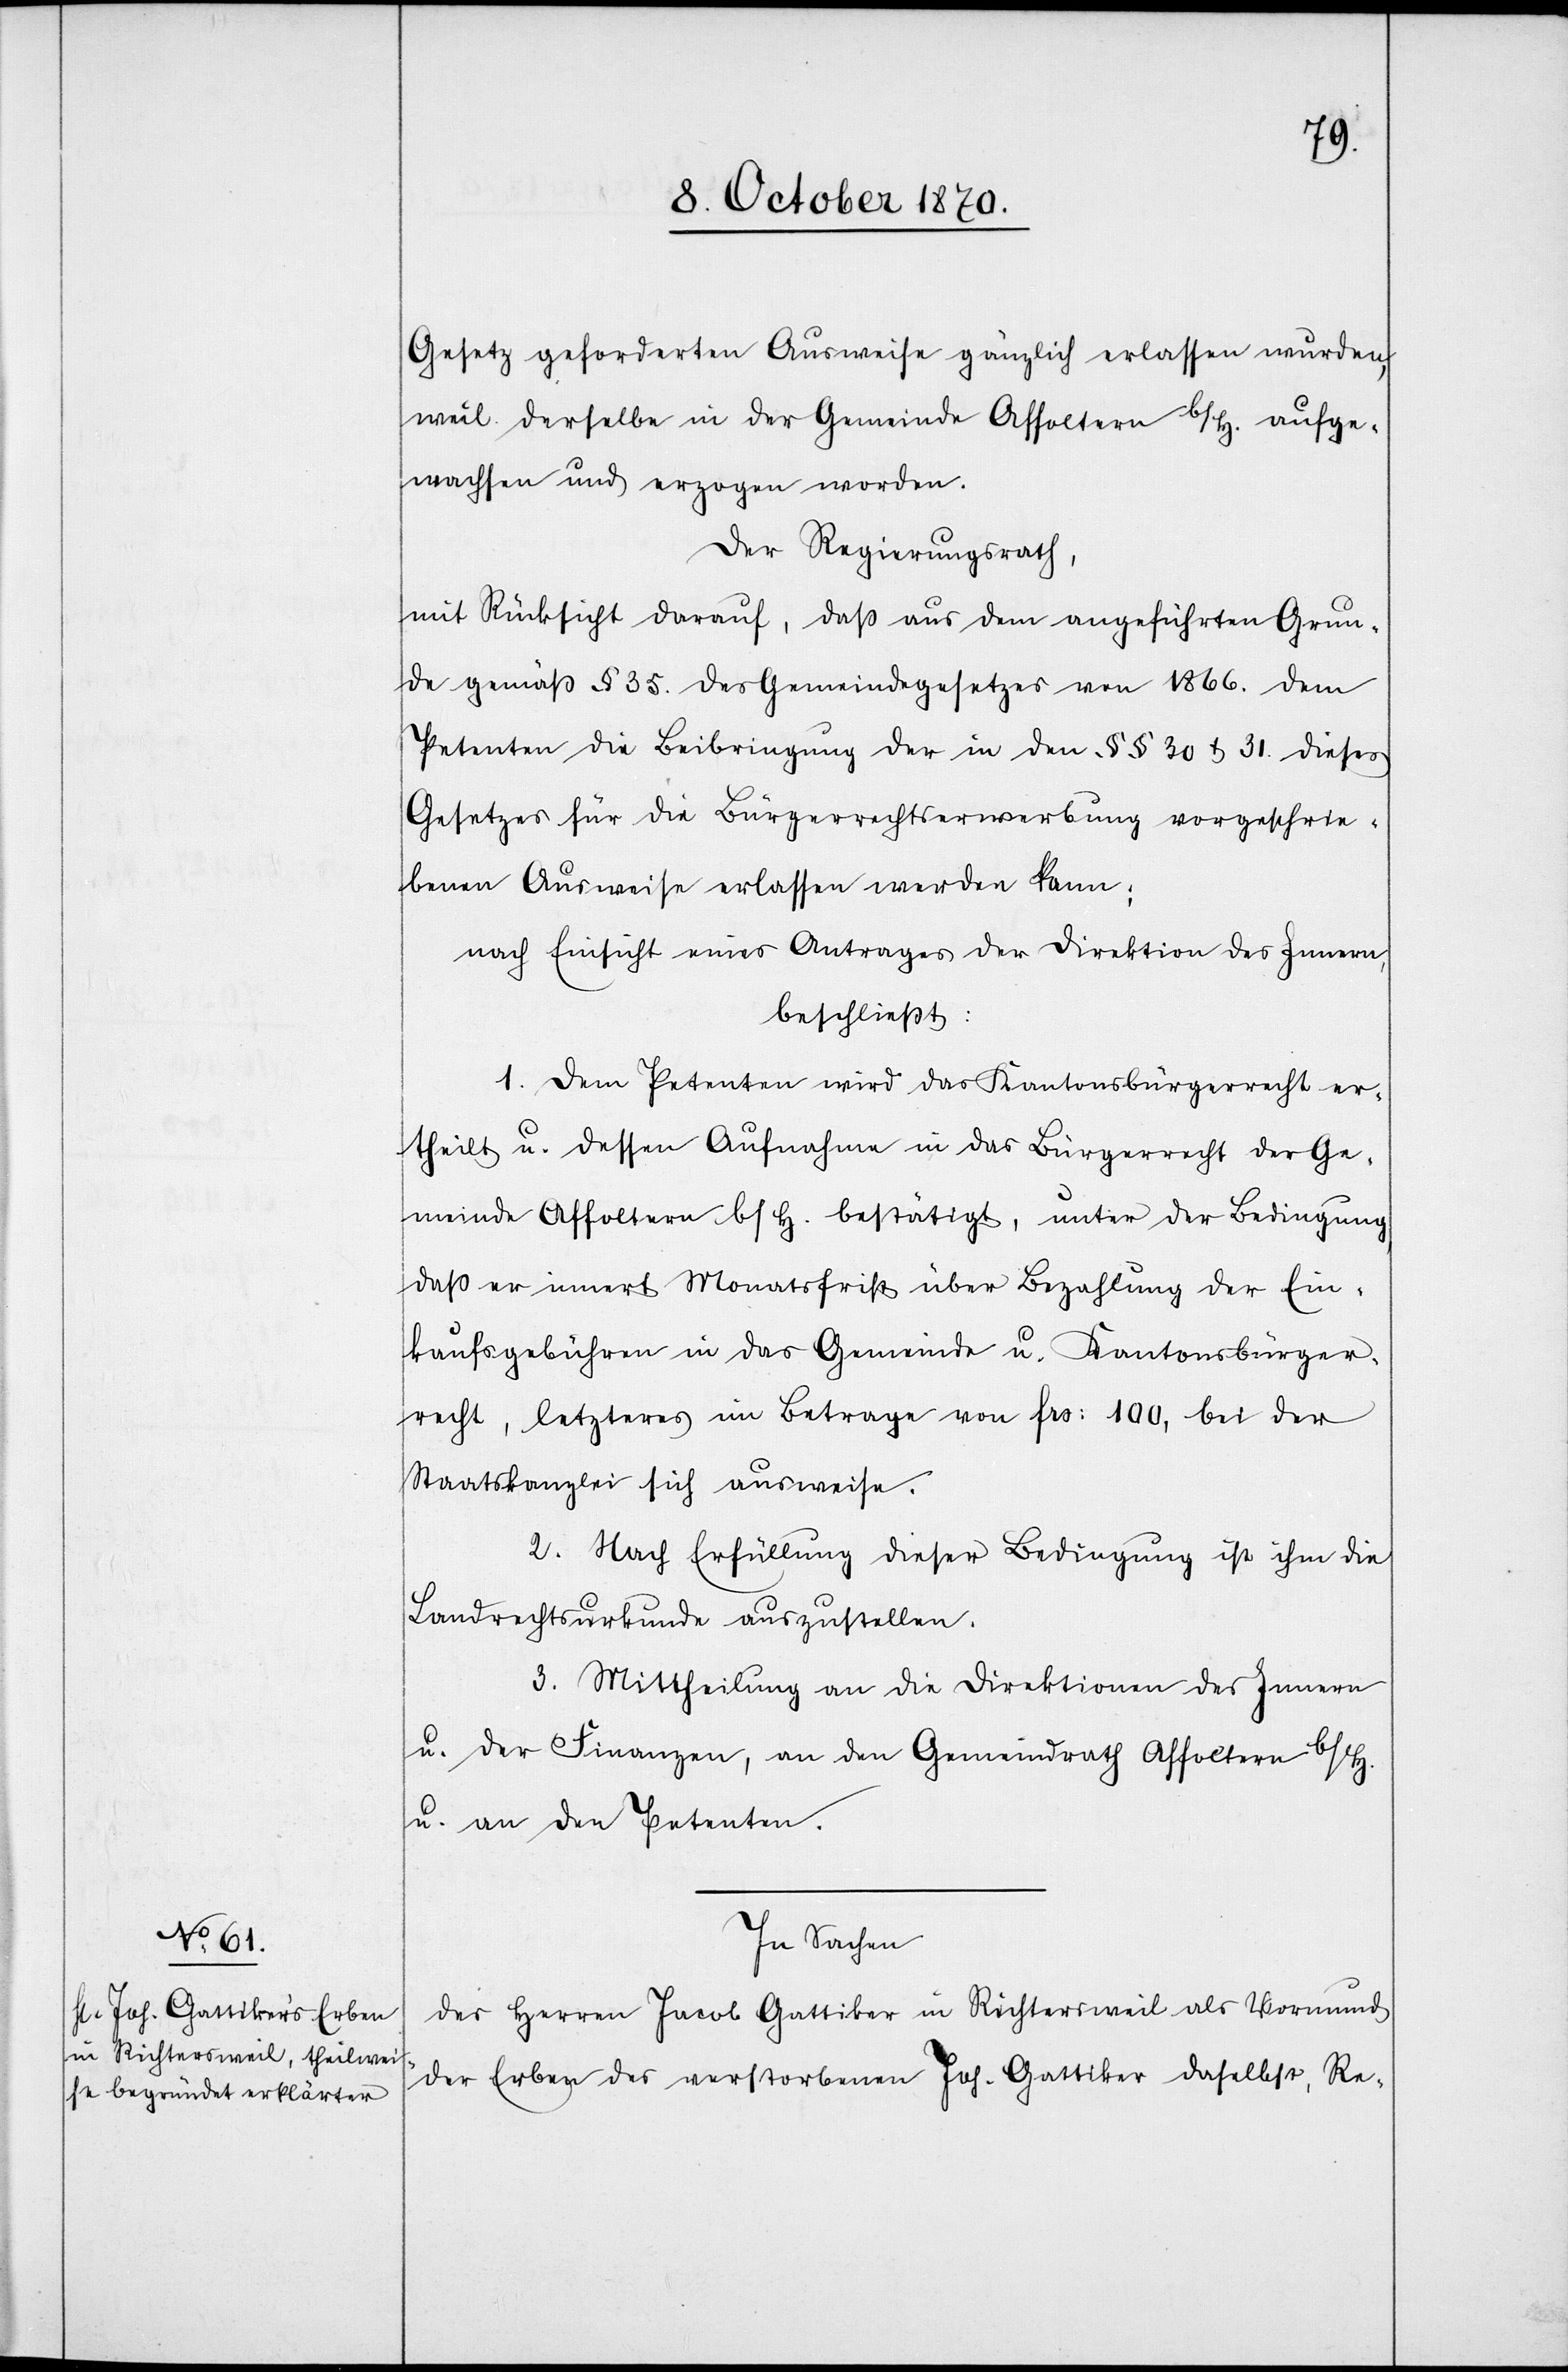
Gesetz geforderte Ausweise gänzlich erlassen wurden,
weil derselbe in der Gemeinde Affoltern b/H. aufge¬
wachsen und erzogen worden.
Der Regierungsrath,
mit Rücksicht darauf, daß aus dem angeführten Grun¬
de gemäß § 35. des Gemeindegesetzes von 1866. dem
Petenten die Beibringung der in den §§ 30 & 31 dieses
Gesetzes für die Bürgerrechtserwerbung vorgeschrie¬
benen Ausweise erlassen werden kann;
nach Einsicht eines Antrages der Direktion des Innern,
beschließt:
1. Dem Petenten wird das Kantonsbürgerrecht er¬
theilt u. dessen Aufnahme in das Bürgerrecht der Ge¬
meinde Affoltern b/H. bestätigt, unter der Bedingung,
daß er innert Monatsfrist über Bezahlung der Ein¬
kaufsgebühren in das Gemeinde u. Kantonsbürger¬
recht, letzteres im Betrage von Frs: 100, bei der
Staatskanzlei sich ausweise.
2. Nach Erfüllung dieser Bedingung ist ihm die
Landrechtsurkunde auszustellen.
3. Mittheilung an die Direktionen des Innern
u. der Finanzen, an den Gemeindrath Affoltern b/H.
u. an den Petenten.
In Sachen
des Herren Jacob Gattiker in Richtersweil als Vormund
der Erben des verstorbenen Joh. Gattiker daselbst, Re-